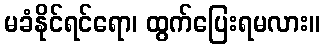
မခံနိုင်ရင်ရော၊ ထွက်ပြေးရမလား။